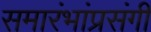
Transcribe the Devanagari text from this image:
समारंभांप्रसंगी